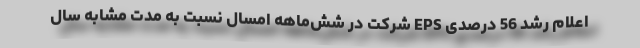
اعلام رشد 56 درصدی EPS شرکت در شش‌ماهه امسال نسبت به مدت مشابه سال